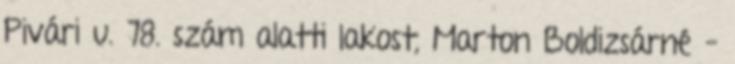
Pivári u. 78. szám alatti lakost, Marton Boldizsárné –